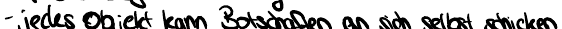
- jedes Objekt kann Botschaften an sich selbst schicken